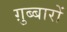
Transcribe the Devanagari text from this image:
ग़ुब्बारों